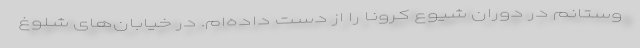
وستانم در دوران شیوع کرونا را از دست داده‌ام. در خیابان‌های شلوغ